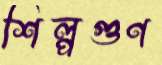
শিল্পগুণ